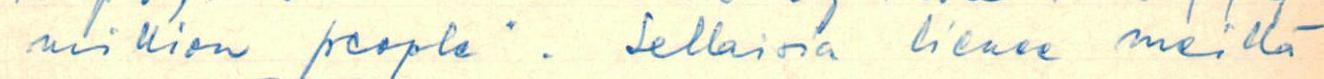
million people". Sellaisia lienee meillä